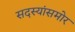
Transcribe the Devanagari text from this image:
सदस्यांसमोर